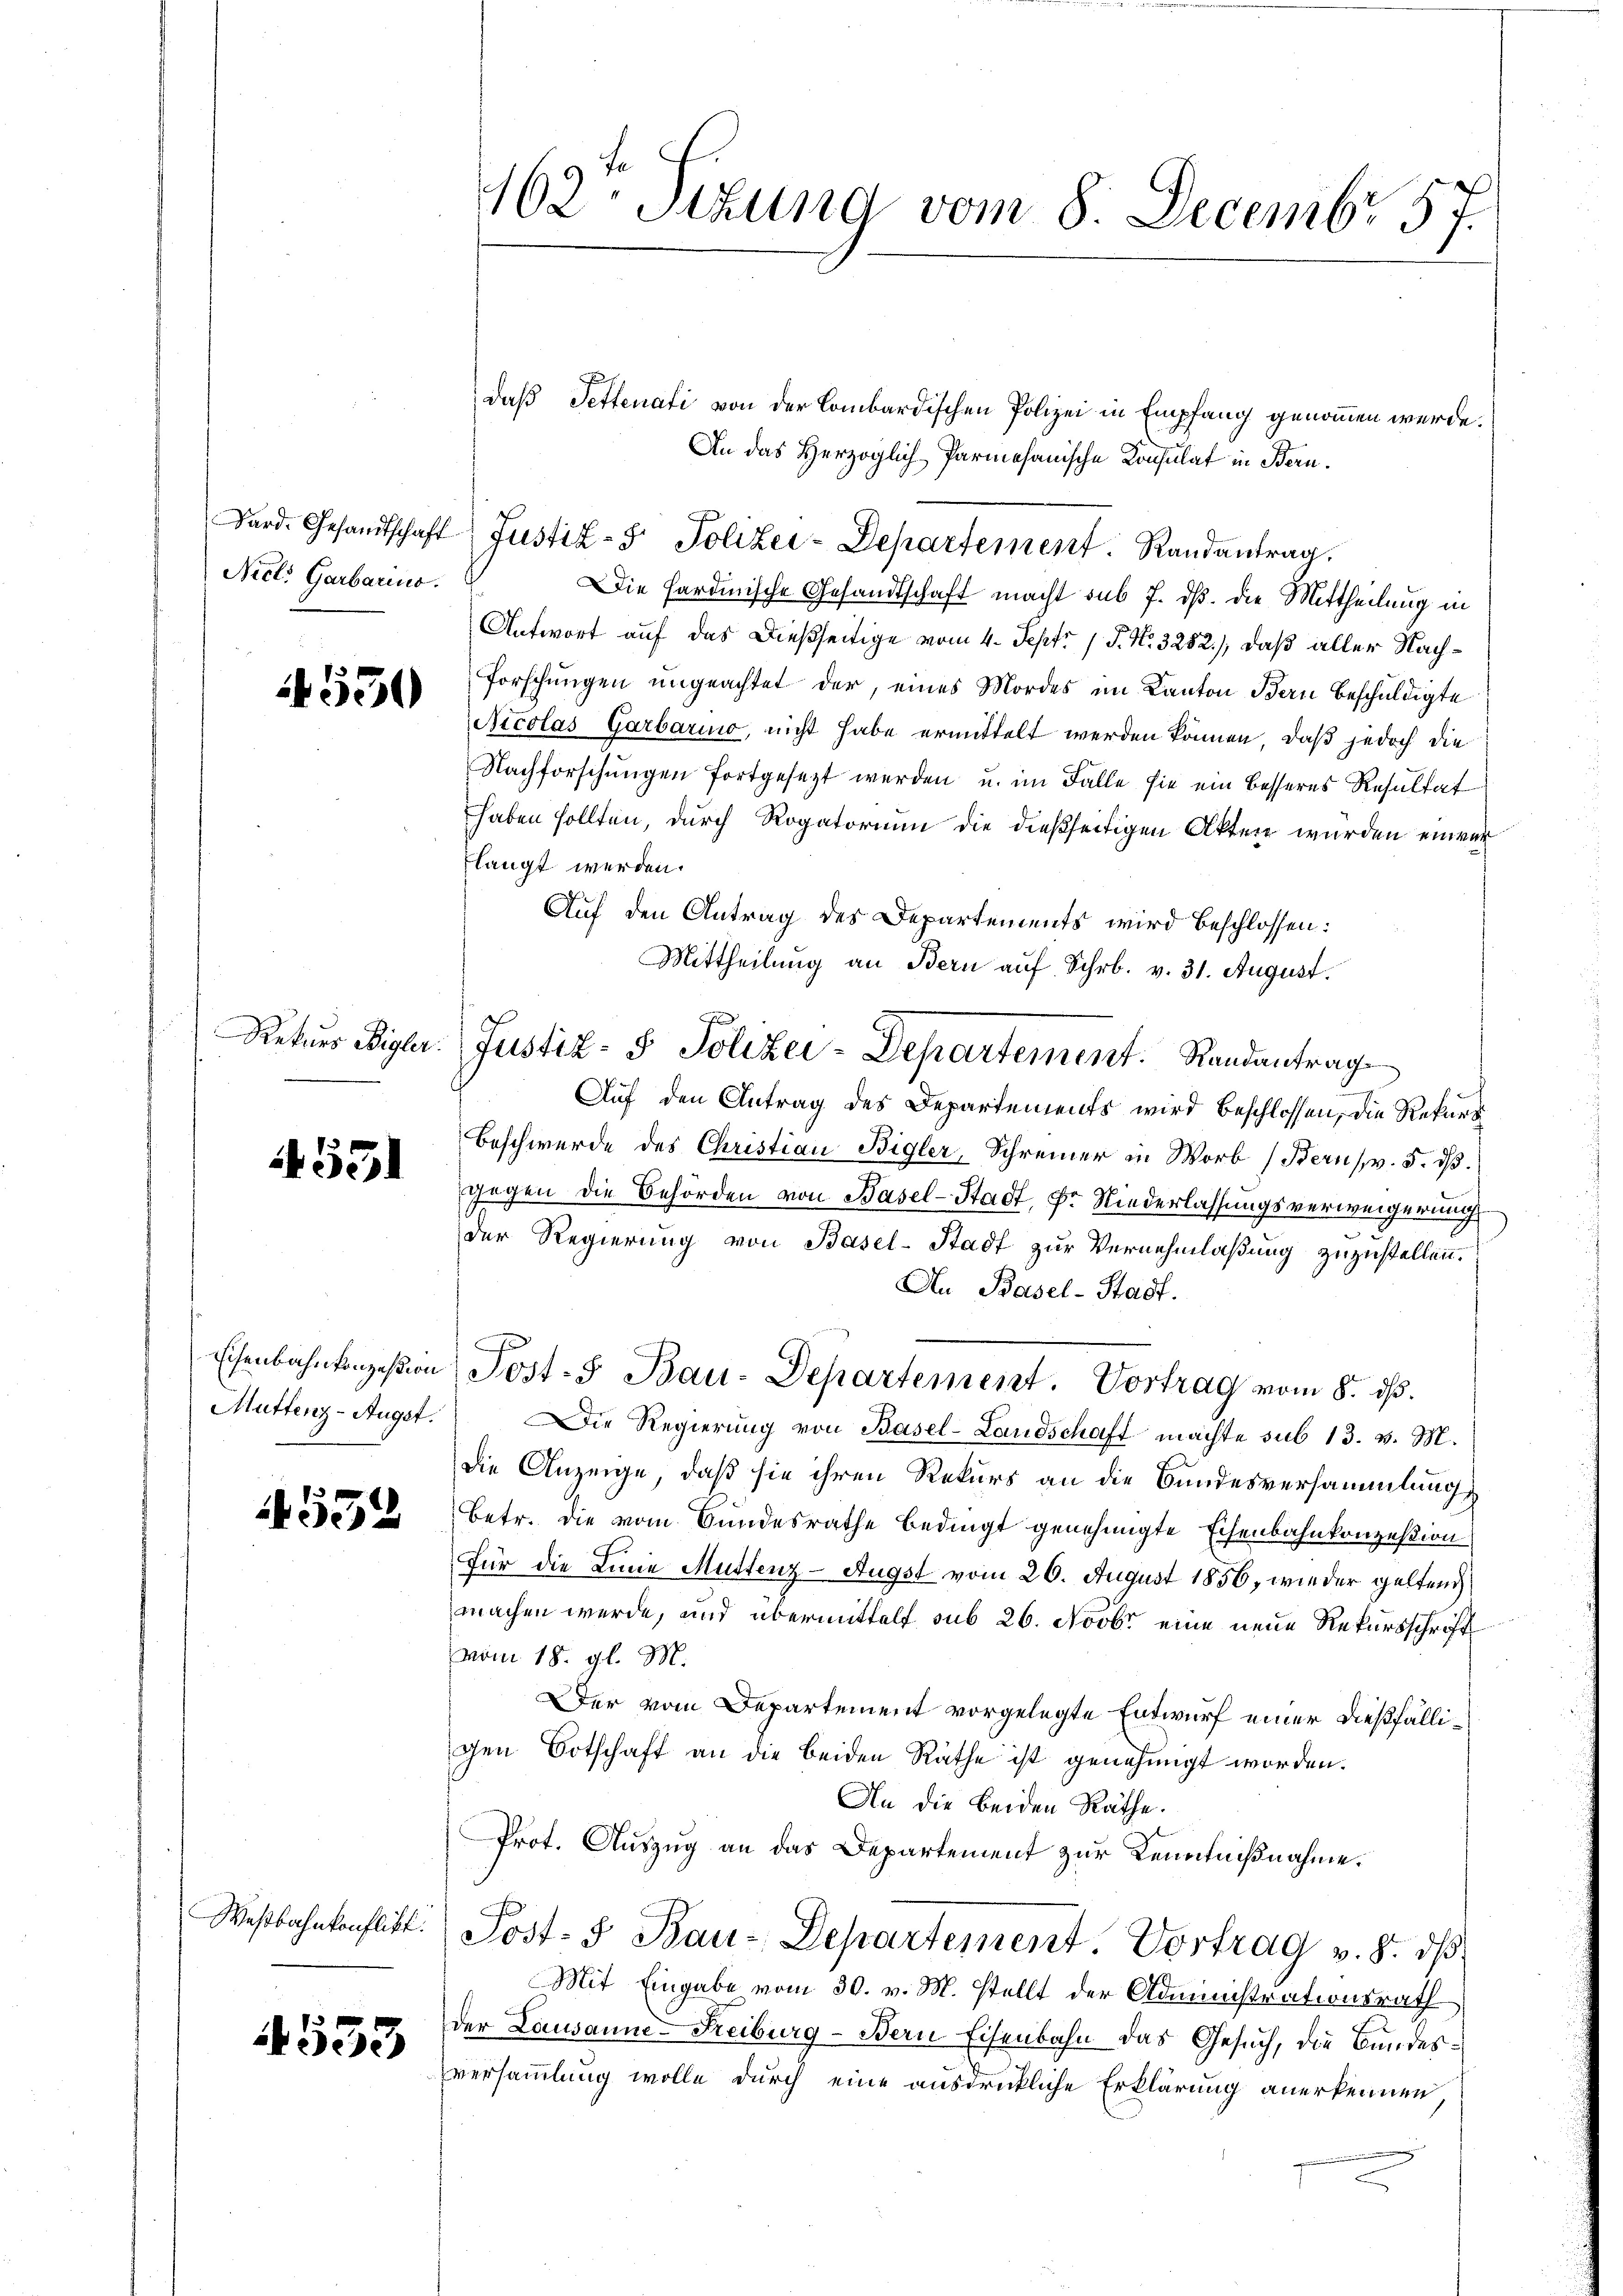
Nicls Garbarino.

550

1551

Muttenz-Auget.

1532

Weßbahnkonflikt.

4553

962 Stzung vom 8. Decembr 57.

daß Pettenati von der Lombardischen Polizei in Empfang genommen werde.
An das Herzoglich-Parmesanische Konsulat in Bern.
Die Hardinische Gesandtschaft macht sub 7. dß. die Mittheilung in
Antwort auf das dießseitige vom 4. Sept. 1 P. No. 3282), daß aller Nach¬
Forschungen ungeachtet der, eines Mordes im Kanton Bern beschuldigte
Nicolas Garbario, nicht habe ermittelt werden können, daß jedoch die
Nachforschungen fortgesezt werden u. im Falle sie ein besseres Resultat
haben sollten, durch Rogatorium die dießseitigen Akten wurden einver
flangt werden.
Auf den Antrag des Departements wird beschlossen:
Mittheilung an Bern auf Schr. v. 31. August.
Auf den Antrag des Departements wird beschlossen, die Rekurr
Beschwerde des Christian Bigler, Schreiner in Worb (Bern s. 5. d.
gegen die Behörden von Basel-Stadt, Dr. Niederlassungsverweigerung
der Regierung von Basel-Stadt zur Vernehmlaßung zuzustellen.
An Basel-Stadt.
n
Eisenbahnkonzession Jost- u Bau-Departement. Vortrag vom 8. d.
Die Regierung von Basel-Landschaft machte sub 13. v. M.
die Anzeige, daß sie ihren Rekurs an die Bundesversammlung
Betr. die vom Bundesrathe bedingt genehmigte Eisenbahnkonzesion
Für die Linie Muttenz-Augst vom 26. August 1856, wieder geltend
machen werde, und übermittelt sub 26. Novbr. eine neue Rekursschrift
vom 18. gl. M.
Der vom Departement vorgelegte Entwurf einer dießfälligen Botschaft an die beiden Räthe ist genehmigt worden.
An die beiden Räthe.
Prot. Auszug an das Departement zur Kenntnißnahme.
Post- & Bau-Departement. Vortrag v. 8. ds
Mit Eingabe vom 30. v. M. stellt der Administrationsrath
der Lausanne-Freiburg - Bern Eisenbahn das Gesuch, die Bundesversammlung wolle durch eine ausdrückliche Erklärung anerkennen

Dard. Gesandtschaft Justiz- & Polizei-Departement. Randantrag.

x
Rekurs Bigler. Justiz- & Polizei-Departement. Randantrag